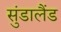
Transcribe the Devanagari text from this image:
सुंडालैंड